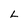
Character: L